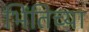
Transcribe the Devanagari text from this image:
भिंतिच्या